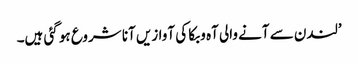
’لندن سے آنے والی آہ و بکا کی آوازیں آنا شروع ہو گئی ہیں۔